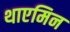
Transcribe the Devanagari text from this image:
थाएमिन